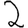
Digit: 2